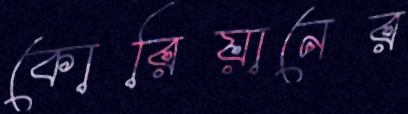
কোরিয়ানের